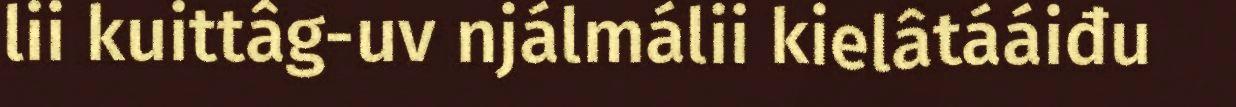
lii kuittâg-uv njálmálii kielâtááiđu